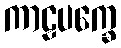
ကာဠပက္ခေ